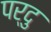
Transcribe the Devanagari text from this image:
पर्दु